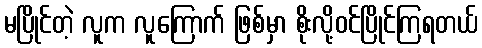
မပြိုင်တဲ့ လူက လူကြောက် ဖြစ်မှာ စိုးလို့ဝင်ပြိုင်ကြရတယ်